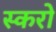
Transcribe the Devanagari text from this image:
स्करो